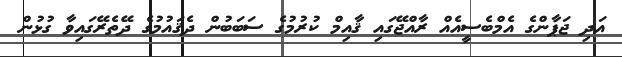
އަދި ޖަޕާންގެ އެމްބެސީއެއް ރާއްޖޭގައި ޤާއިމް ކުރުމުގެ ސަބަބުން ދެޤައުމުގެ ދޭތެރޭގައިވާ ގުޅުން